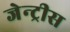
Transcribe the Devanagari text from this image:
जेन्ट्रीस